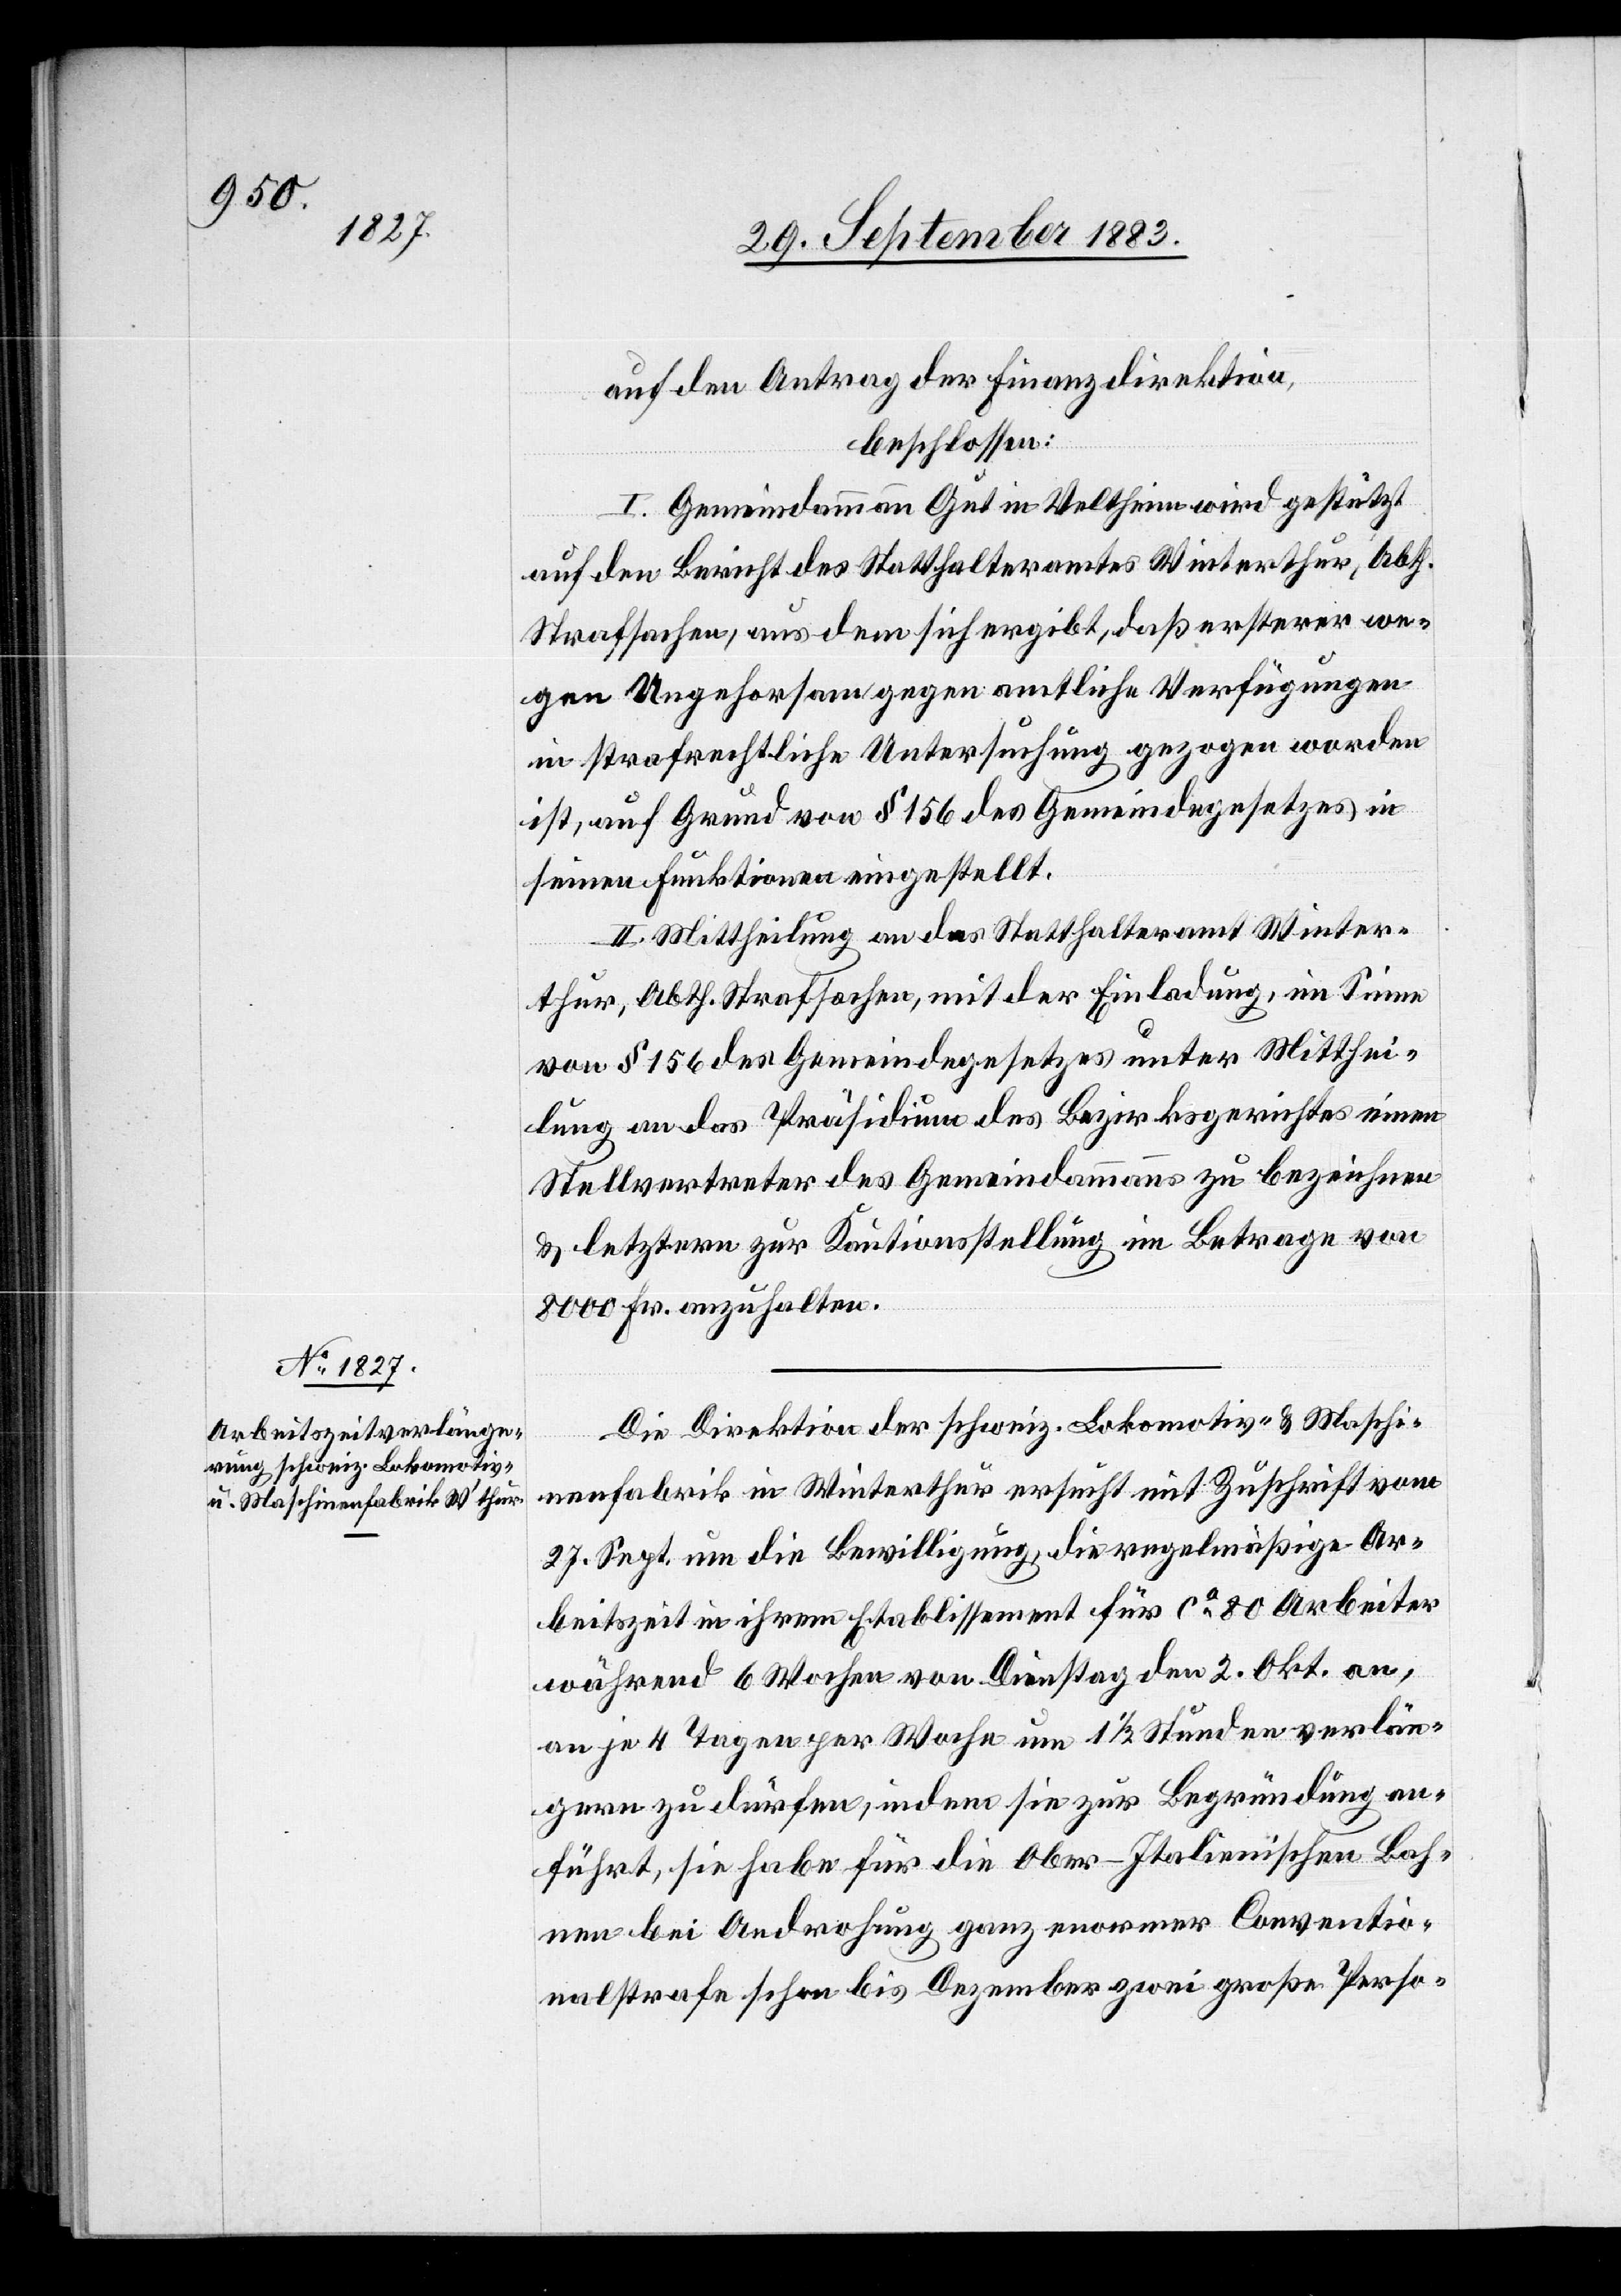
auf den Antrag der Finanzdirektion,
beschlossen:
I. Gemeindammann Gut in Veltheim wird gestützt
auf den Bericht des Statthalteramtes Winterthur, Abth.
Strafsachen, aus dem sich ergibt, daß ersterer we¬
gen Ungehorsam gegen amtliche Verfügungen
in strafrechtliche Untersuchung gezogen worden
ist, auf Grund von § 156 des Gemeindegesetzes in
seinen Funktionen eingestellt.
II. Mittheilung an das Statthalteramt Winter¬
October
thur, Abth. Strafsachen, mit der Einladung, im Sinne
von § 156 des Gemeindegesetzes unter Mitthei¬
lung an das Präsidium des Bezirksrathes einen
Stellvertreter des Gemeindammanns zu bezeichnen
& letztern zur Kautionsstellung im Betrage von
8000 Fr. anzuhalten.
Die Direktion der schweiz. Lokomotiv- & Maschi¬
nenfabrik in Winterthur ersucht mit Zuschrift vom
27. Sept. um die Bewilligung, die regelmäßige Ar¬
beitszeit in ihrem Etablissement für ca 80 Arbeiter
während 6 Wochen von Dienstag den 2. Okt. an,
an je 4 Tagen per Woche um 1 1/2 Stunden verlän¬
gern zu dürfen, indem sie zur Begründung an¬
führt, sie habe für die Ober-Italienischen Bah¬
nen bei Androhung ganz enormer Conventio¬
nalstrafe schon bis Dezember zwei große Perso-